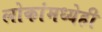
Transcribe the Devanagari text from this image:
लोकांमध्येही